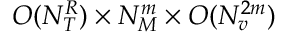
O ( N _ { T } ^ { R } ) \times N _ { M } ^ { m } \times O ( N _ { v } ^ { 2 m } )